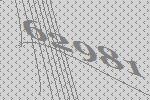
62981